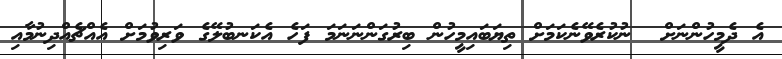
އެ ދެމީހުންނަށް  ނުކުރެވޭނެކަމަށް ތިޔަބައިމީހުން ބިރުގަންނަނަމަ ފަހެ އެކަނބުލޭގެ ވަރިވުމަށް އެއްޗެއްދިނުމާއި